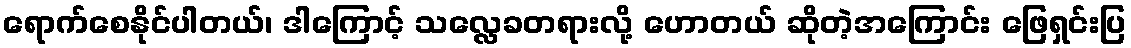
ရောက်စေနိုင်ပါတယ်၊ ဒါကြောင့် သလ္လေခတရားလို့ ဟောတယ် ဆိုတဲ့အကြောင်း ဖြေရှင်းပြ